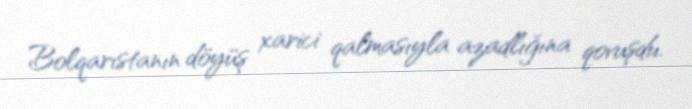
Bolqarıstanın döyüş xarici qalmasıyla azadlığına qovuşdu.